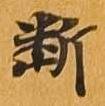
断